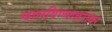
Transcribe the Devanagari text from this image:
चालविण्याबरोबर